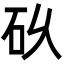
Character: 𮀌